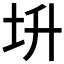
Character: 𡉧